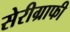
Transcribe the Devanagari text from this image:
सेरीग्राफी